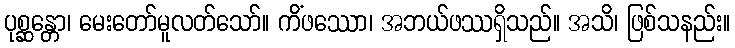
ပုစ္ဆန္တော၊ မေးတော်မူလတ်သော်။ ကိံဖဿော၊ အဘယ်ဖဿရှိသည်။ အသိ၊ ဖြစ်သနည်း။